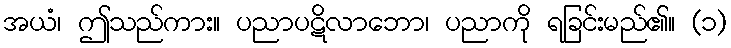
အယံ၊ ဤသည်ကား။ ပညာပဋိလာဘော၊ ပညာကို ရခြင်းမည်၏။ (၁)